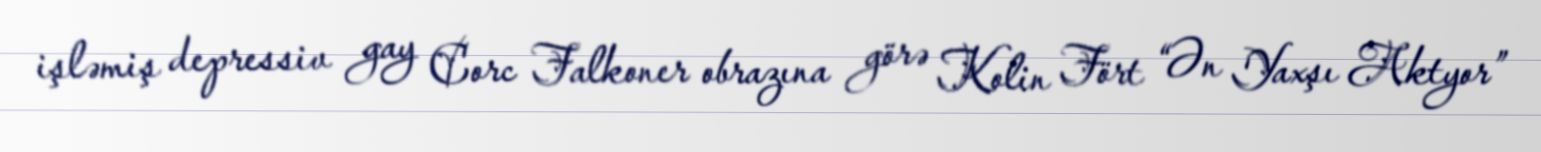
işləmiş depressiv gay Corc Falkoner obrazına görə Kolin Fört “Ən Yaxşı Aktyor”